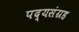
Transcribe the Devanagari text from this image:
पद्यसंग्रह